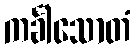
ကင်္ခါသောတံ